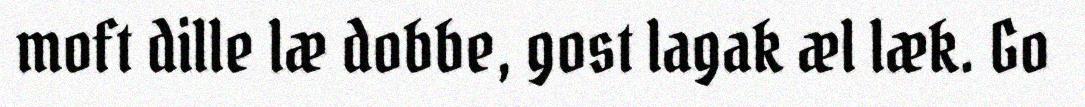
moft dille læ dobbe, gost lagak æl læk. Go